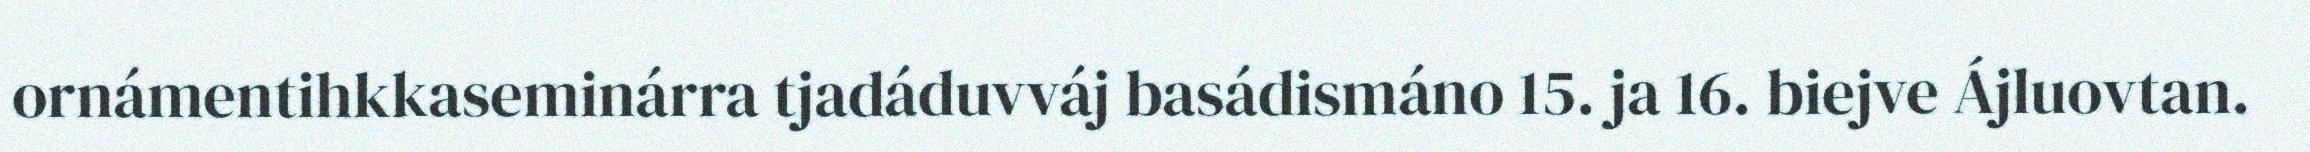
ornámentihkkaseminárra tjadáduvváj basádismáno 15. ja 16. biejve Ájluovtan.